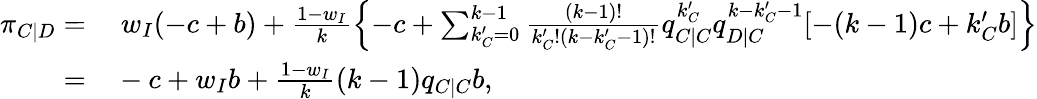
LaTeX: \begin{array}{rl}{\pi_{C|D}=}&{{}~w_{I}(-c+b)+\frac{1-w_{I}}{k}\left\{ -c+\sum_{k_{C}^{\prime}=0}^{k-1}{\frac{(k-1)!}{k_{C}^{\prime}!(k-k_{C}^{\prime}-1)!}q_{C|C}^{k_{C}^{\prime}}q_{D|C}^{k-k_{C}^{\prime}-1}[-(k-1)c+k_{C}^{\prime}b]}\right\} }\\ {=}&{{}-c+w_{I}b+\frac{1-w_{I}}{k}(k-1)q_{C|C}b,}\end{array}